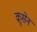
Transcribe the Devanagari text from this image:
क्रूसेन